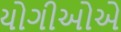
યોગીઓએ